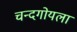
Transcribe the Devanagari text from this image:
चन्दगोयला